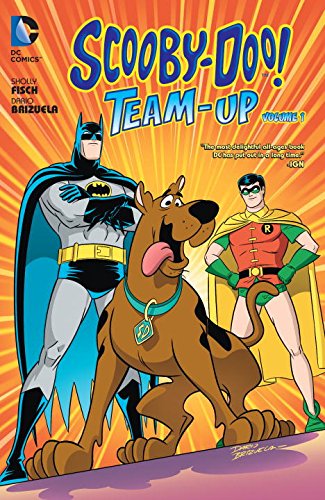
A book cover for Scooby-Doo Team-Up; Sholly Fisch; Children's Books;